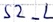
Text: S2_L